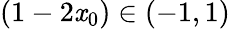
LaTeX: (1-2\mathit{x}_{0})\in(-1,1)